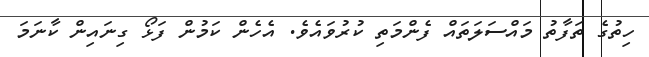
ހިތުގެ ތަފާތު މައްސަލަތައް ފެންމަތި ކުރުވައެވެ. އެހެން ކަމުން ފަޅޯ ގިނައިން ކާނަމަ